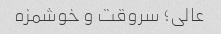
عالی؛ سروقت و خوشمزه